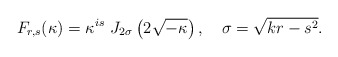
\begin{align*}F_{r,s}(\kappa )=\kappa ^{is}\,\,J_{2\sigma }\left( 2\sqrt{-\kappa }\right),\quad \sigma =\sqrt{kr-s^2}.\end{align*}